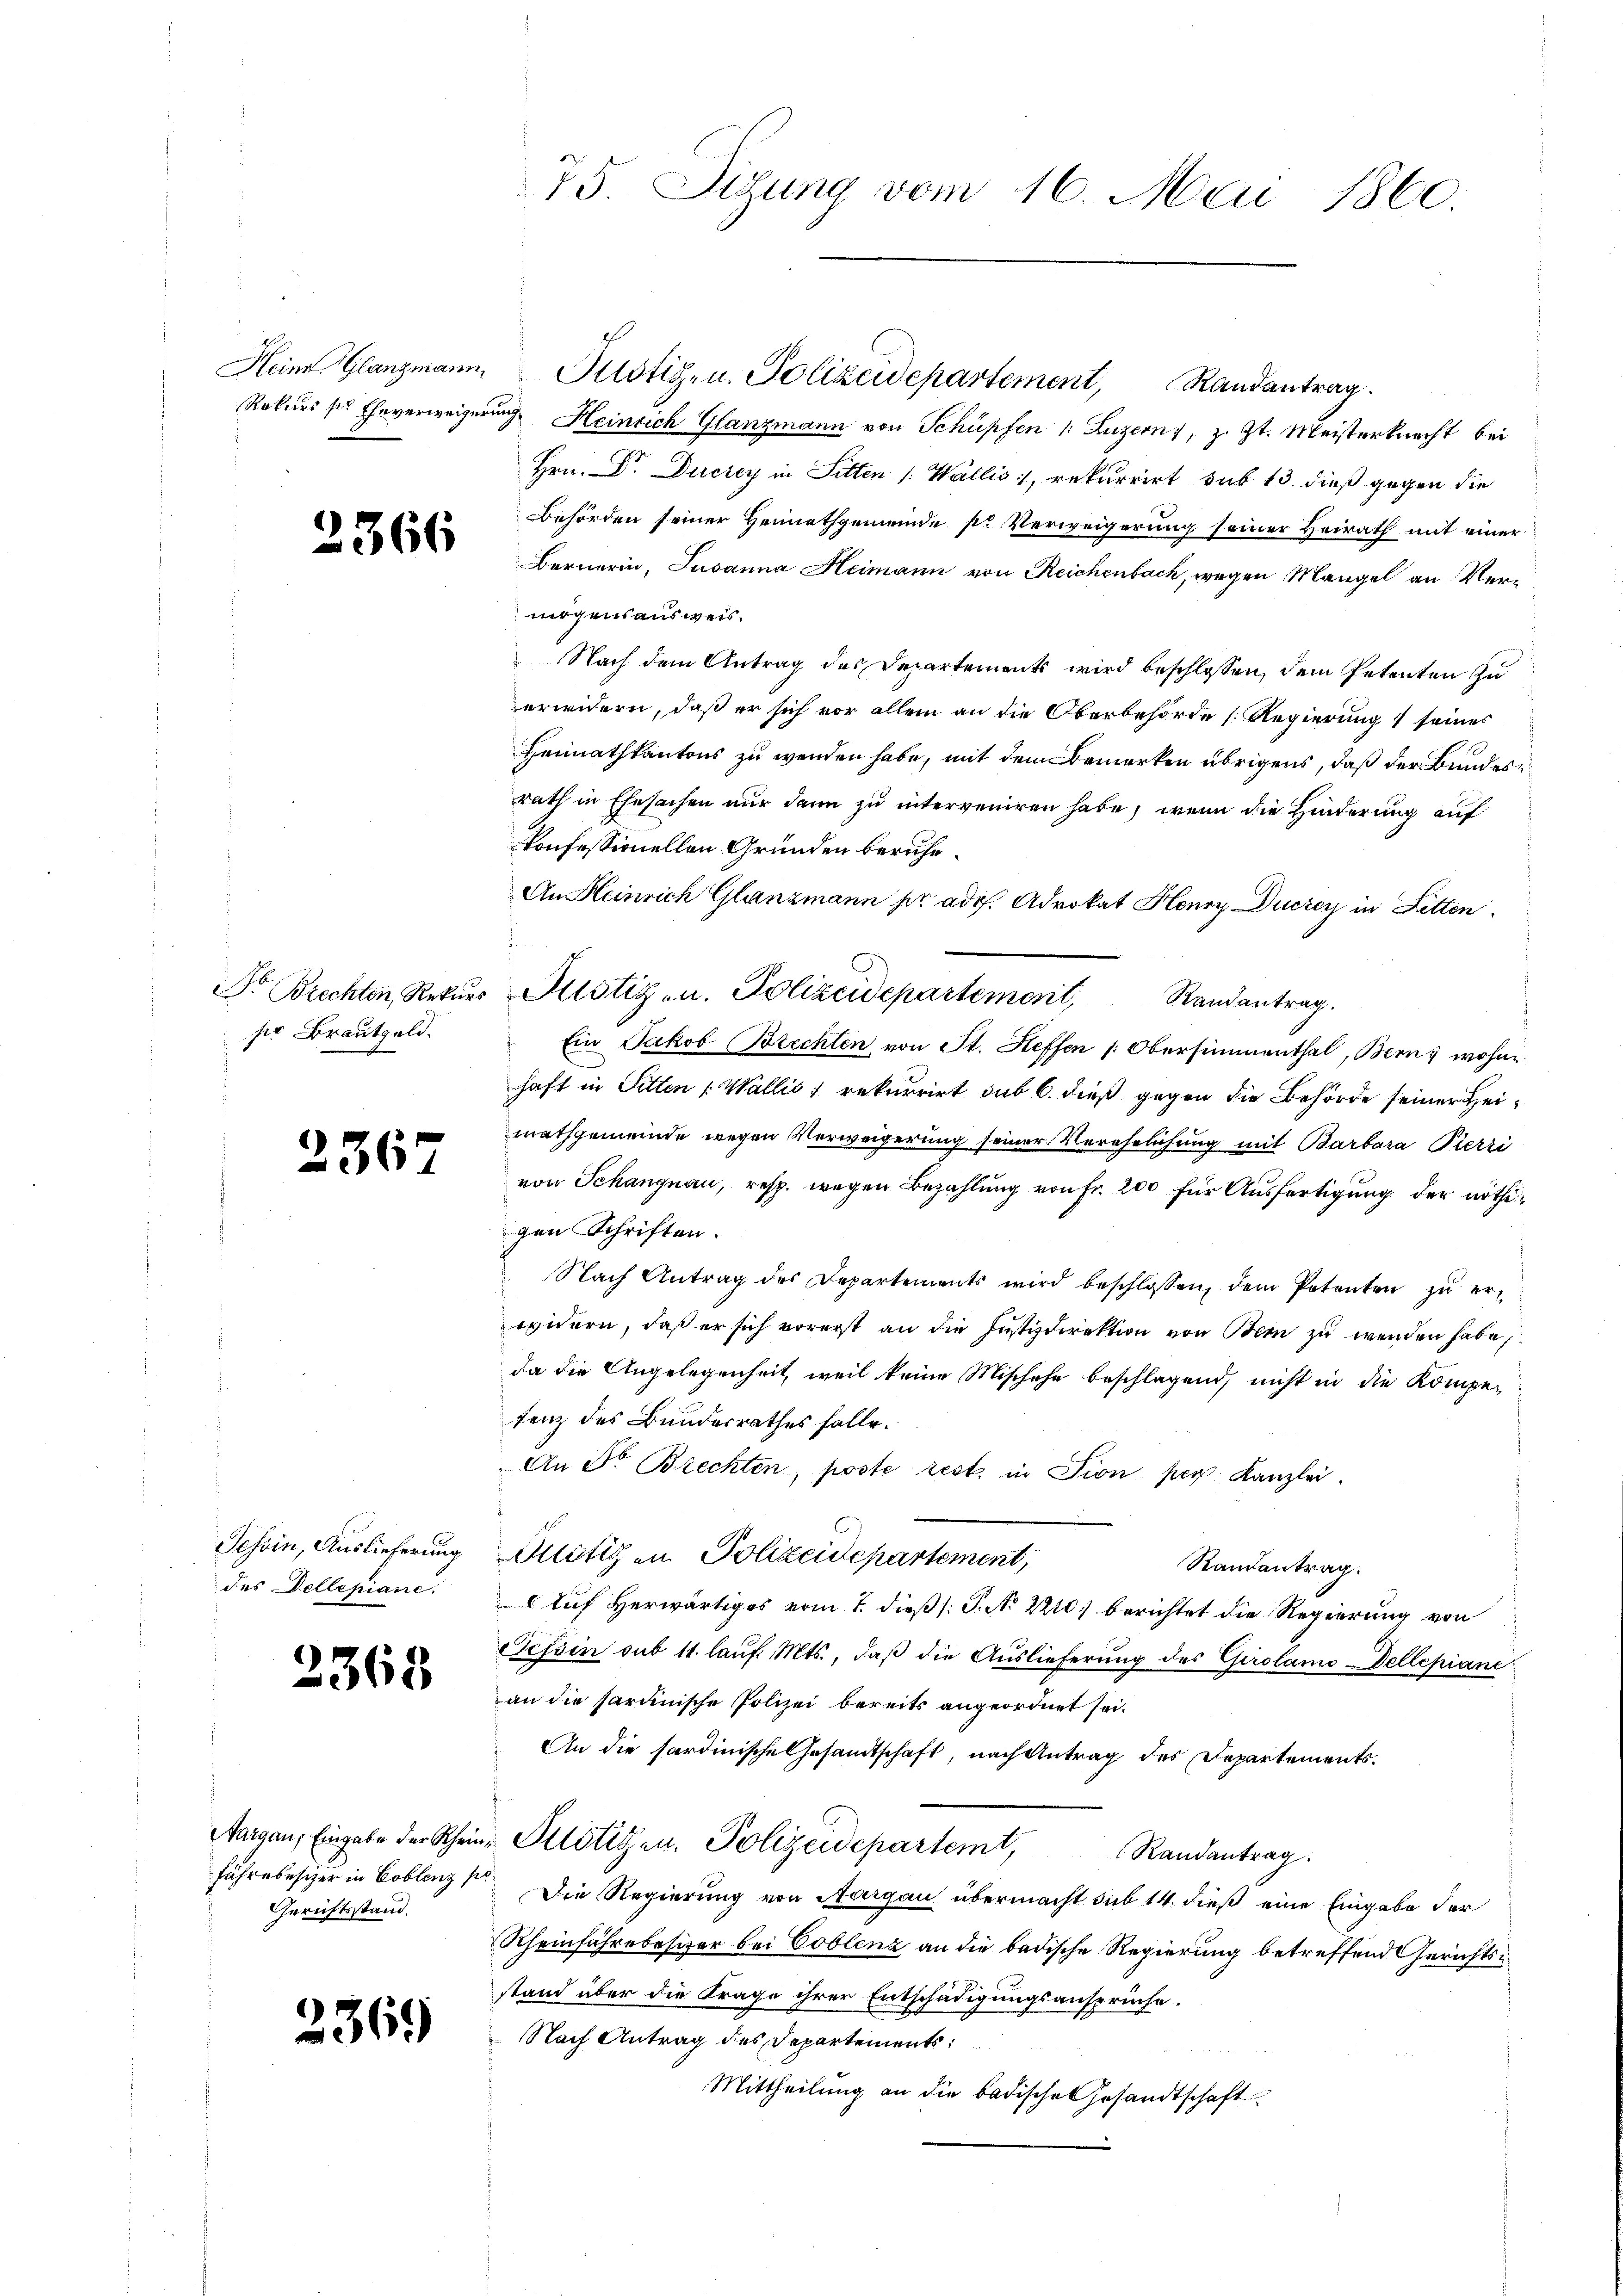
2366

po Brautgeld.

2367

Tessin, Auslieferung
des Dellepiane.

2368

Margau, Eingabe der Rheinfahre bescher in Coblenz s
Gerichtsstand.

2369

75. Situng vom 16. Mai 1860.

Rekurs ser Eheverweigerŭng Heinrich Glanzmann von Schüpfen /: Luzern, z. Zt. Meisterknecht bei
Hrn. Dr. Ducrey in Sitten /: Wallis, rekurrirt sub 13. dieß gegen die
Behörden seiner Heimathgemeinde pr Verweigerung seiner Heirath mit einer
Bernerin, Susanna Heimann von Reichenbach, wegen Mangel an Vermögensausweis.
Nach dem Antrag des Departements wird beschlossen, dem Petenten zu
erwidern, daß er sich vor allem an die Oberbehörde [Regierung 1 seines
Heimathkantons zu werden habe, mit dem Bemerken übrigens, daß der Bundesrath in Ehesachen nur dann zu interveniren habe, wenn die Hinderung auf
konfessionellen Gründen beruhe.
An Heinrich Glanzmann per ados. Advokat Henry Duczey in Letten.
Dr Brechten Rekŭrs Altstiz u. Polizeidepartement, Randantrag.
Ein Jakob Brechten von St. Heffen (Obersimmenthal, Bern, wohne
haft in Sitten (Wallis 1 rekurrirt sub 6. dieß gegen die Behörde seiner Heimathgemeinde wegen Verweigerung seiner Verehelichung mit Barbara Pierri
von Schangnau, resp. wegen Bezahlung von Fr. 200 für Ausfertigung der nöthigen Schriften.
Nach Antrag des Departements wird beschlossen, dem Petenten zu erwidern, daß er sich vorerst an die Justizdirektion von Bern zu werden habe,
da die Angelegenheit, weil keine Mischehe beschlagend, nicht in die Kompetenz des Bundesrathes falle.
An Dr. Brechten, poste rest in Fion per Kanzlei.
Onötigen Polizeidepartement,
Randantrag.
Auf Herwärtiges vom 7. dieß (: P. No 2210) berichtet die Regierung von
Tessin sub 11. lauf. Mts., daß die Auslieferung des Chirolamo Dellepiane
an die hardinische Polizei bereits angeordnet sei.
An die hardinische Gesandtschaft, nach Antrag des Departements¬
 Klötigen. Polizeidepartemt, Randantrag
Die Regierung von Aargau übermacht sub 14. dieß eine Eingabe der
Rheinfahre besitzer bei Coblenz an die badische Regierung betreffend Gerichtsstand über die Frage ihrer Entschädigungsansprüche.
 Nach Antrag des Departements:
Mittheilung an die badische Gesandtschaft

Heine Glanzmann, Pustiz- u. Polizeidepartement, Randantrag.